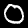
Label: 0